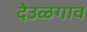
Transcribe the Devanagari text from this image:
देउळगाव